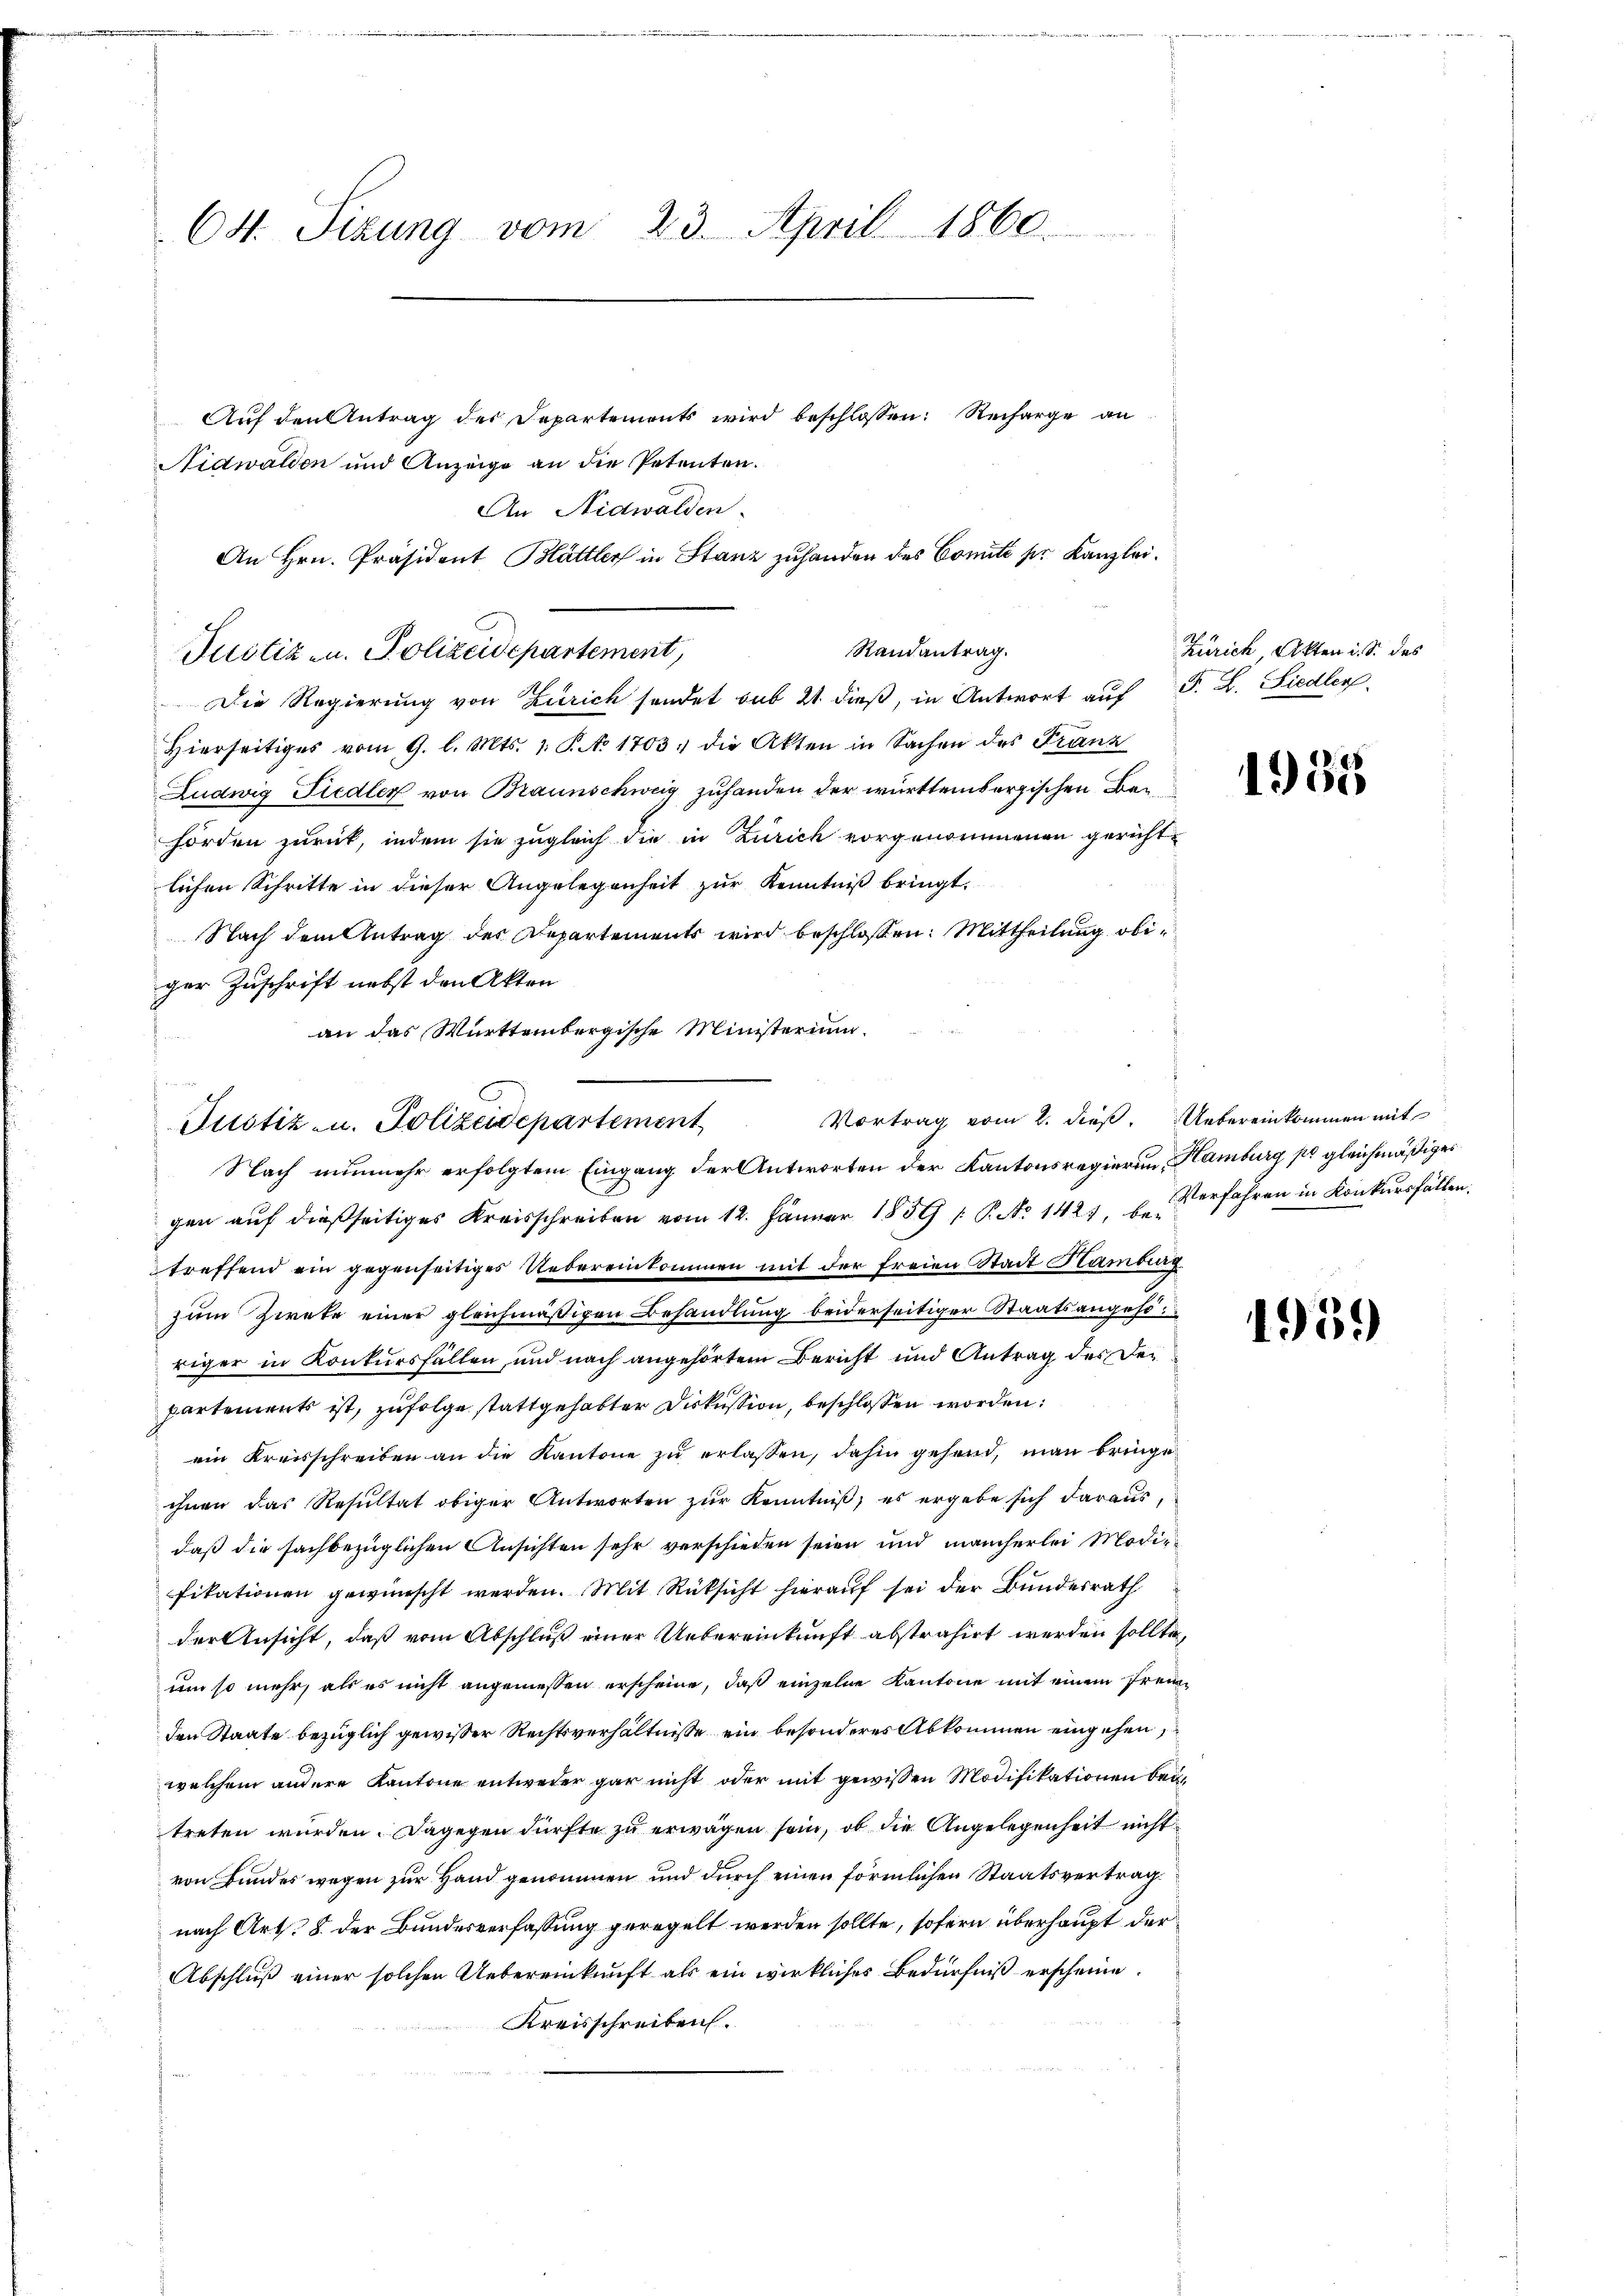
Cd. Tizung vom 23. April 1860.

Justiz- u. Polizeidepartement,
Die Regierung von Zürich sondet sub 21. dieß, in Antwort auf F. L. Siedler
Hierseitiges vom 9. l. Mts. 1. P. N. 1703 die Akten in Sachen des Franz
Ludwig Fiedler von Braunschweig zuhanden der württembergischen Behörden zurück, indem sie zugleich die in Zürich vorgenommenen gerichtlichen Schritte in dieser Angelegenheit zur Kenntniß bringt.
Nach dem Antrag des Departements wird beschloßen: Mittheilung obiger Zuschrift nebst den Akten
an das Württembergische Ministerium.
gen auf dießseitiges Kreisschreiben vom 12. Jänner 1859 / P. No 1421, u. Verfahren in Konkursfällen.
treffend ein gegenseitiges Uebereinkommen mit der freien Stadt Hamburg.
zum Zwete einer gleichmäßigen Behandlung beiderseitiger Staatsangehö
riger in Konkursfällen, und nach angehörtem Bericht und Antrag des der
partements ist, zufolge stattgehabter Diskussion, beschlossen worden:
ein Kreisschreiben an die Kantone zu erlassen, dahin gehend, man bringe
ihnen das Resultat obiger Antworten zŭr Kenntniβ, es ergebe sich daraus.
daß die sachbezüglichen Ansichten sehr verschieden seien und mancherlei Modirfikationen gewünscht werden. Mit Rücksicht hierauf sei der Bundesrath
der Ansicht, daß vom Abschluß einer Uebereinkunft abstrahirt werden sollte,
um so mehr, als es nicht angemessen erscheine, daß einzelne Kantone mit einem Freiden Staate bezüglich gewisser Rechtsverhältnisse ein besonderes Abkommen eingehen,
welchem andere Kantone entweder gar nicht oder mit gewissen Modifikationen bei
treten wurden. Dagegen dürfte zu erwagen sein, ob die Angelegenheit nicht
von Bundes wegen zur Hand genommen und durch einen förmlichen Staatsvertrag
nach Art. 8 der Bundesverfassung geregelt werden sollte, sofern überhaupt der
Abschluß einer solchen Uebereinkunft als ein wirkliches Bedürfniß erscheine
Kreisschreiben.

Auf den Antrag des Departements wird beschlossen: Recharge an
Nidwalden und Anzeige an die Petenten.
An Nidwalden.
An Hrn. Präsident Blättler in Stanz zuhanden des Comite ser Kanzlei.
Randantrag.

Vortrag vom 2. dieß.
Justiz u. Polizeidepartement
Nach nunmehr erfolgtem Eingang der Antworten der Kantonsregierung Hamburg po gleichmäßiges

Zürich Akten i. S. des

1935

Uebereinkommen mit

1959